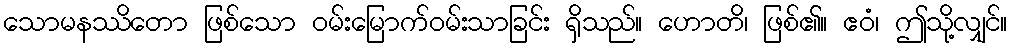
သောမနဿိတော ဖြစ်သော ဝမ်းမြောက်ဝမ်းသာခြင်း ရှိသည်။ ဟောတိ၊ ဖြစ်၏။ ဧဝံ၊ ဤသို့လျှင်။